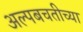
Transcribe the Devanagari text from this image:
अल्पबचतीच्या